Regulations for the medical services of the Army of India
Year: 1930
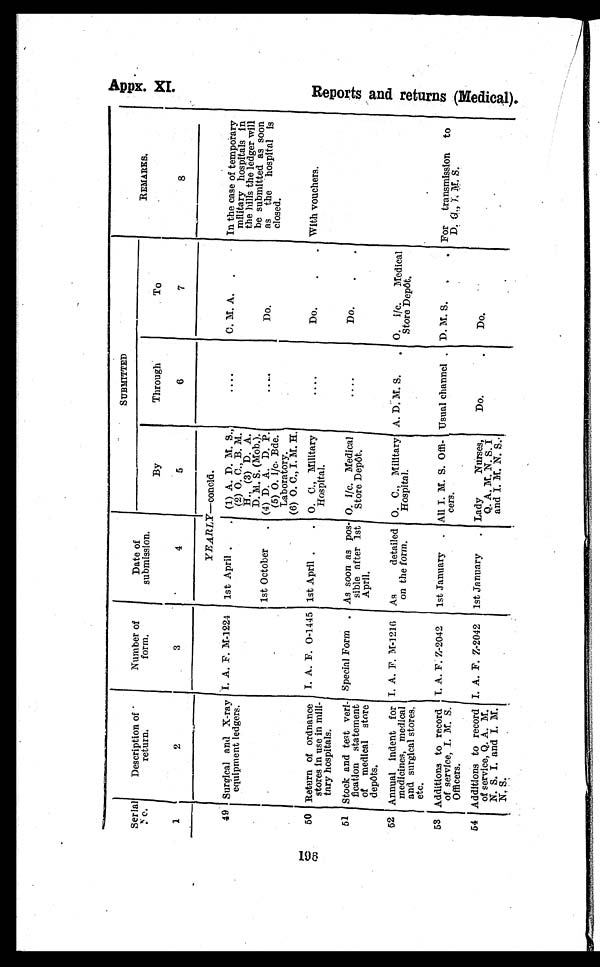
Appx. XI.
196
Serial
N o .
1
D e s c r i p t i o n o f
return.
2
Number of
form.
3
Date of
submission.
4
SUBMITTED
REMARKS.
8
By
5
Through
6
To
7
YEARLY—concld.
49 Surgical and X-ray
equipment ledgers.
I
I. A. F. M-1224 1st April .
. (1) A. D. M. S.,
(2) O. C., B. M.
H., (3) D. A.
D. M. S. (Mob.).
....
C. M. A. .
In the case of temporary
military hospitals in
the lulls the ledger will
be submitted as soon
as the hospital is
closed.
1st October . (4) D. A. D. P.
(5)O. i/c. Bde.
Laboratory.
(6) O. C., I. M. H.
....
Do.
5 0 Return of ordnance
stores in use in mill-
tary hospitals.
I. A. F. O-1445 1st April .
. O. C. Military
Hospital.
....
Do.
.
. With vouchers.
5 1 Stock and test veri-
fication statement
of medical store
depôts.
Special Form . As soon as pos-
sible after 1st
April.
O. i/c. Medical
Store Depôt.
....
Do.
. .
5 2 Annual indent for
medicines, medical
and surgical stores,
etc.
I. A. F. M-1216 As
detailed
on the form.
O. C., Military
Hospital.
A. D. M. S.
. O. i/c. Medical
Store Depôt.
53 Additions to record
of service, I. M. S.
Officers.
I. A. F. Z-2042 1st January . All I. M. S. Off
icers.
Usual channel . D. M. S. .
. For transmission to
D. G. I. M.S.
54 Additions to record
of service, Q. A. M.
N. S. I. and I. M.
N. S.
I. A. F. Z-2042 1st January . Lady
Nurses,
Q. A. M. N. S. I
and I. M. N. S..
Do.
.
Do.
R e p o r t s a n d r e t u r n s ( M e d i c a l ) .
FD
9